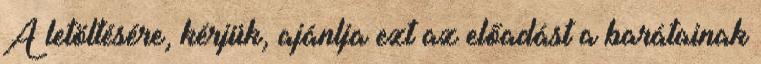
A letöltésére, kérjük, ajánlja ezt az előadást a barátainak